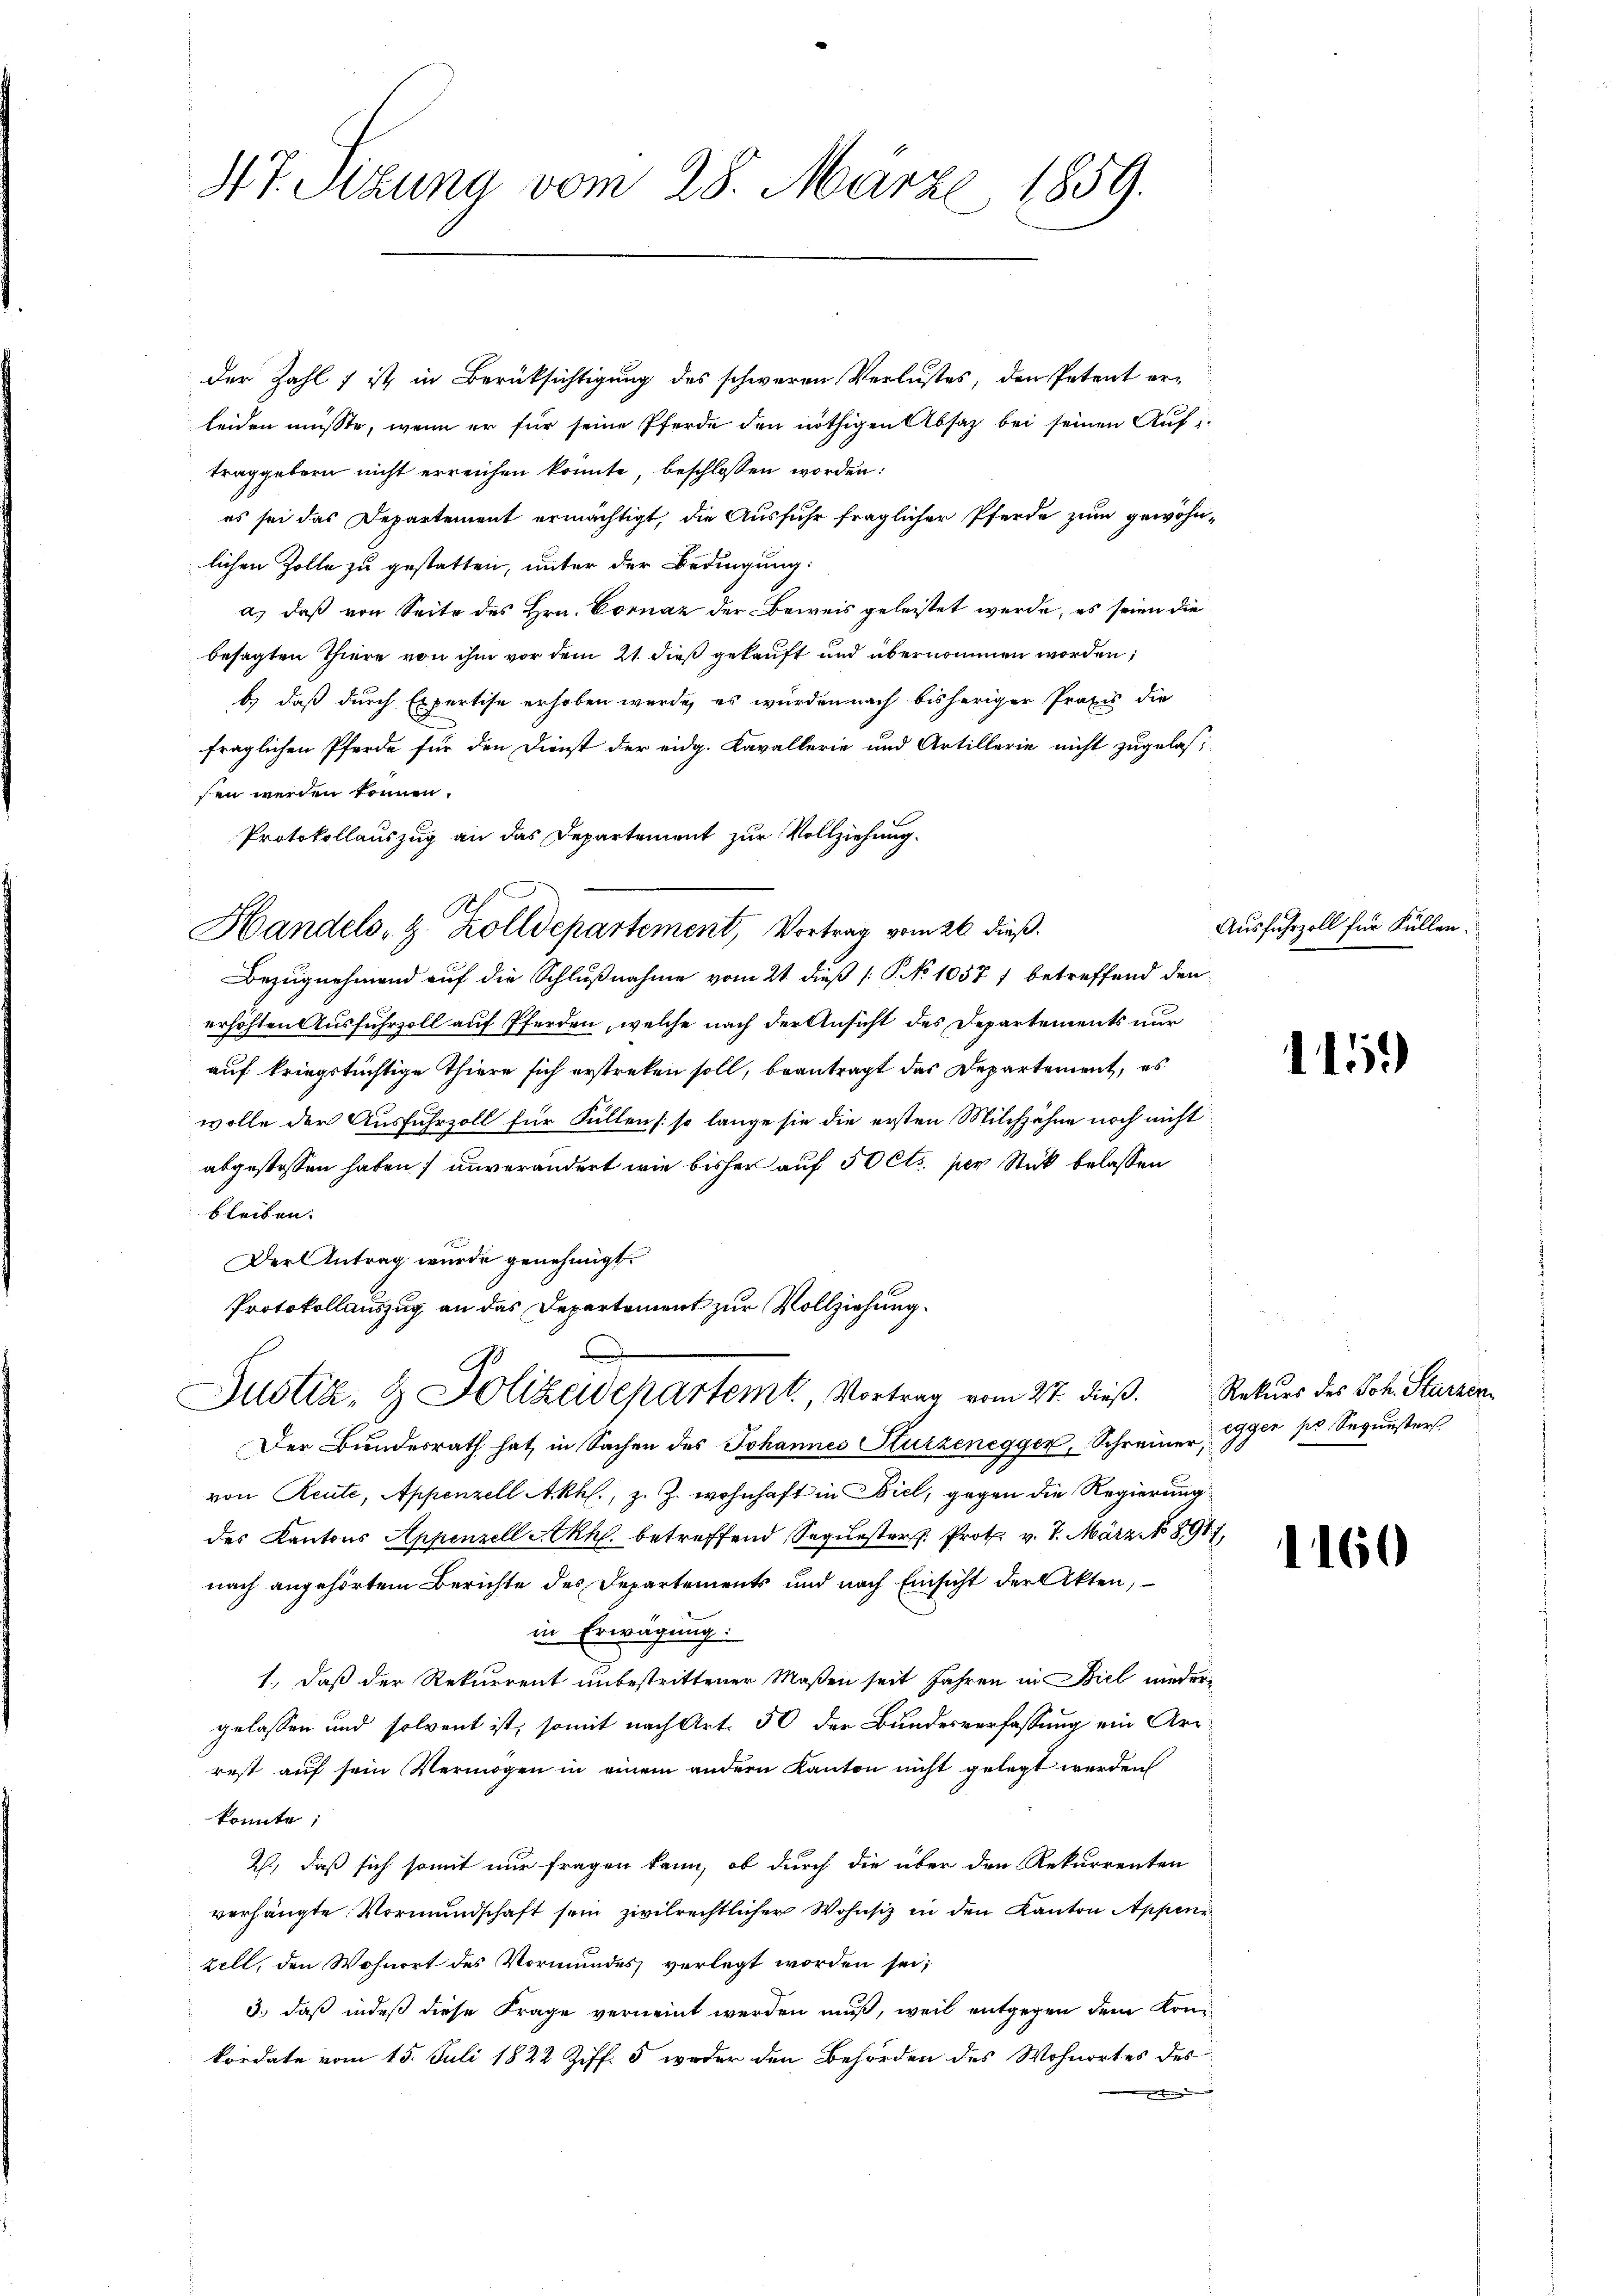
47. Sizung vom 28. März 1859.

der Zahl ist in Berüksichtigung des schweren Verlustes, den Petent erleiden müsste, wenn er für seine Pferde den nöthigen Absatz bei seinen Auftraggebern nicht erreichen könnte, beschlossen worden:
es sei das Departement ermächtigt, die Ausfuhr fraglicher Pferde zum gewohnlichen Zolle zu gestatten, unter der Bedingung:
a) daß von Seite des Hrn. Cornaz der Beweis geleistet werde, es seien die
besagten Thiere von ihm vor dem 21. dieß gekauft und übernommen worden;
b.) daß durch Expertise erhoben wurde, es wurden nach bisheriger Praxis die
fraglichen Pferde für den Dienst der eidg. Kavallerie und Artillerie nicht zugelassen werden können.
Protokollauszug an das Departement zur Vollziehung.
Handels- & Zolldepartement, Vortrag vom 26. dieß.
Bezugnehmend auf die Schlußnahme vom 21. dieß (: P. No 10571 betreffend den
erhöhten Ausfuhrzoll auf Pferden, welche nach der Ansicht des Departements nur
auf kriegstüchtige Thiere sich erstreken soll, beantragt das Departement, es
wolle der Ausfuhrzoll für Füllen (: so lange sie die ersten Milchzähne noch nicht
abgestossen haben, unverändert wie bisher auf 50 Cts. per Stick belassen
bleiben.
Der Antrag wurde genehmigt.
Protokollauszug an das Departement zur Vollziehung.
.
Justiz & Polizeidepartemt, Vortrag vom 27. dieß. Rekurs des Joh. Sturzer
Der Bundesrath hat, in Sachen des Johannes Kurzenegger, Schreiner, per pr Sequester
von Reute, Appenzell Akhl., z. Z. wohnhaft in Biel, gegen die Regierung
des Kantons Appenzell A.Rh. betreffend Sequester. Prot. v. 8. März No 8917.
nach angehörtem Berichte des Departements und nach Einsicht der Akten,
in Erwägung:
1., daß der Rekurrent unbestrittener Maßen seit Jahren in Biel nieder-
gelassen und solvent ist, somit nach Art. 50 der Bundesverfassung ein Arrest auf sein Vermögen in einem andern Kanton nicht gelegt werden
konnte;
2., daß sich somit nur fragen kann, ob durch die über den Rekurrenten
verhängte Vormundschaft sein zivilrechtlicher Wohnsiz in den Kanton Appen-
zell, den Wohnort des Vormundes verlegt worden sei;
3.) daß indeß diese Frage verneint werden muß, weil entgegen dem Konkordate vom 15. Juli 1822 Ziff. 5 weder den Behörden des Wohnortes des
den Erben

Ausfuhrzoll für Füllen.

1459

1160